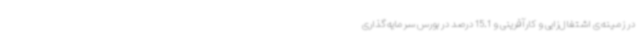
در زمینه‌ی اشتغال‌زایی و کارآفرینی و 15.1 درصد در بورس سرمایه‌گذاری